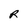
Character: R